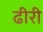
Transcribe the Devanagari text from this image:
ढीरी